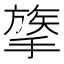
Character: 𢳈